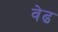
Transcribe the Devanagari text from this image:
वेढ